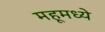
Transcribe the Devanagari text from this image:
महूमध्ये